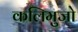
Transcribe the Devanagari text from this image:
कलिमुजो